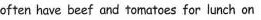
often have beef and tomatoes for lunch on